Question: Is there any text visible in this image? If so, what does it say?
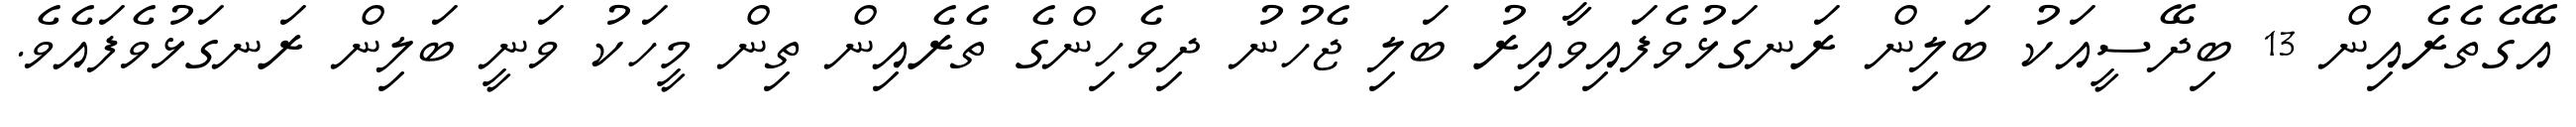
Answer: އޭގެތެރެއިން 13 ބިދޭސީއަކު ބަލިން ރަނގަޅުވެފައިވާއިރު ބަލި ޖެހުނު ދިވެހިންގެ ތެރެއިން ތިން މީހަކު ވަނީ ބަލިން ރަނގަޅުވެފައެވެ.